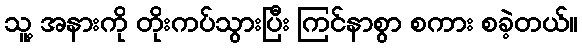
သူ့ အနားကို တိုးကပ်သွားပြီး ကြင်နာစွာ စကား စခဲ့တယ်။